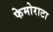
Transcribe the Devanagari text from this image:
फेमोराटा